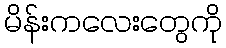
မိန်းကလေးတွေကို